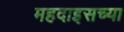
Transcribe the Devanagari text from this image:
महदाइसच्या